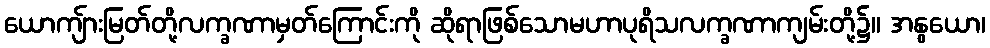
ယောကျ်ားမြတ်တို့လက္ခဏာမှတ်ကြောင်းကို ဆိုရာဖြစ်သောမဟာပုရိသလက္ခဏာကျမ်းတို့၌။ အနွယော၊